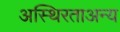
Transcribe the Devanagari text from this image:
अस्थिरताअन्य